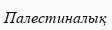
Палестиналық